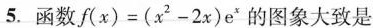
5.函数$$f ( x )= ( x ^ { 2 } - 2 x ) e ^ { x }$$ 的图象大致是